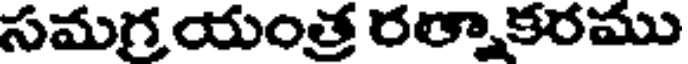
సమగ్రయంత్ర రత్నాకరము